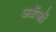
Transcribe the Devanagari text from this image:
अग्रेंजों